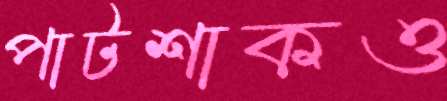
পাটশাকও